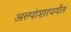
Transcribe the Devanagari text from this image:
अल्पांशापर्यंत